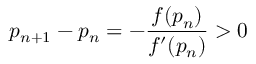
p _ { n + 1 } - p _ { n } = - \frac { f ( p _ { n } ) } { f ^ { \prime } ( p _ { n } ) } > 0